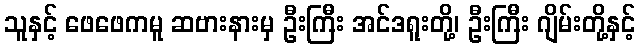
သူနှင့် ဖေဖေကမူ ဆဗားနားမှ ဦးကြီး အင်ဒရူးတို့၊ ဦးကြီး ဂျိမ်းတို့နှင့်